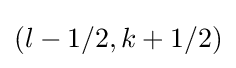
\left({l-1/2,k+1/2}\right)